Document type: Sale
Year: 1440
Scribe: Pere Pau Pujades
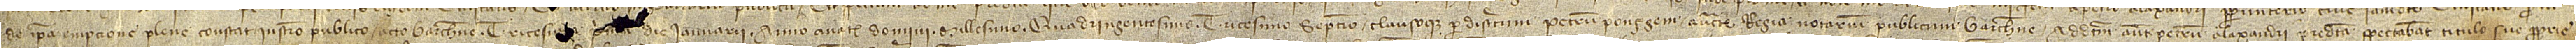
de ipsa empcione plene constat instrumento publico acto Barchinone tricesi[ma p]ri[ma] die ianuarii, anno a Nativitate Domini millesimo quadringentesimo tricesimo septimo clausoque per discretum Petrum Ponsgem, auctoritate regia notarium publicum Barchinone; ad dictum autem Petrum Alaxandri predicta spectabant titulo sue proprie